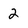
Character: 2